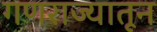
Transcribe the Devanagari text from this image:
गणराज्यातून